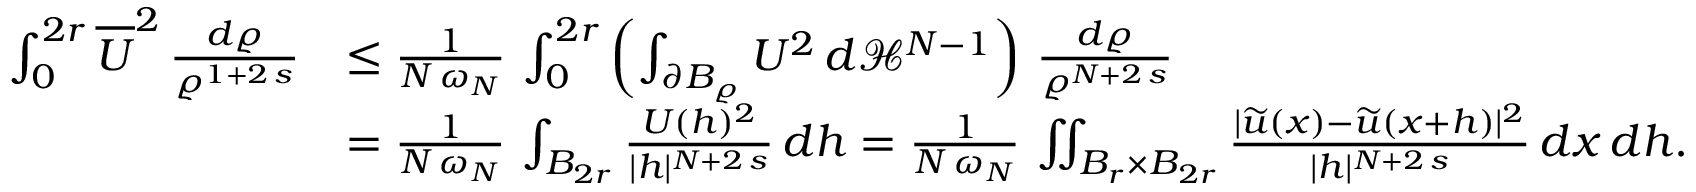
\begin{array} { r l } { \int _ { 0 } ^ { 2 r } \overline { U } ^ { 2 } \, \frac { d \varrho } { \varrho ^ { 1 + 2 \, s } } } & { \le \frac { 1 } { N \, \omega _ { N } } \, \int _ { 0 } ^ { 2 r } \left( \int _ { \partial B _ { \varrho } } U ^ { 2 } \, d \mathcal { H } ^ { N - 1 } \right) \, \frac { d \varrho } { \varrho ^ { N + 2 \, s } } } \\ & { = \frac { 1 } { N \, \omega _ { N } } \, \int _ { B _ { 2 r } } \frac { U ( h ) ^ { 2 } } { | h | ^ { N + 2 \, s } } \, d h = \frac { 1 } { N \, \omega _ { N } } \, \iint _ { B _ { r } \times B _ { 2 r } } \frac { | \widetilde { u } ( x ) - \widetilde { u } ( x + h ) | ^ { 2 } } { | h | ^ { N + 2 \, s } } \, d x \, d h . } \end{array}